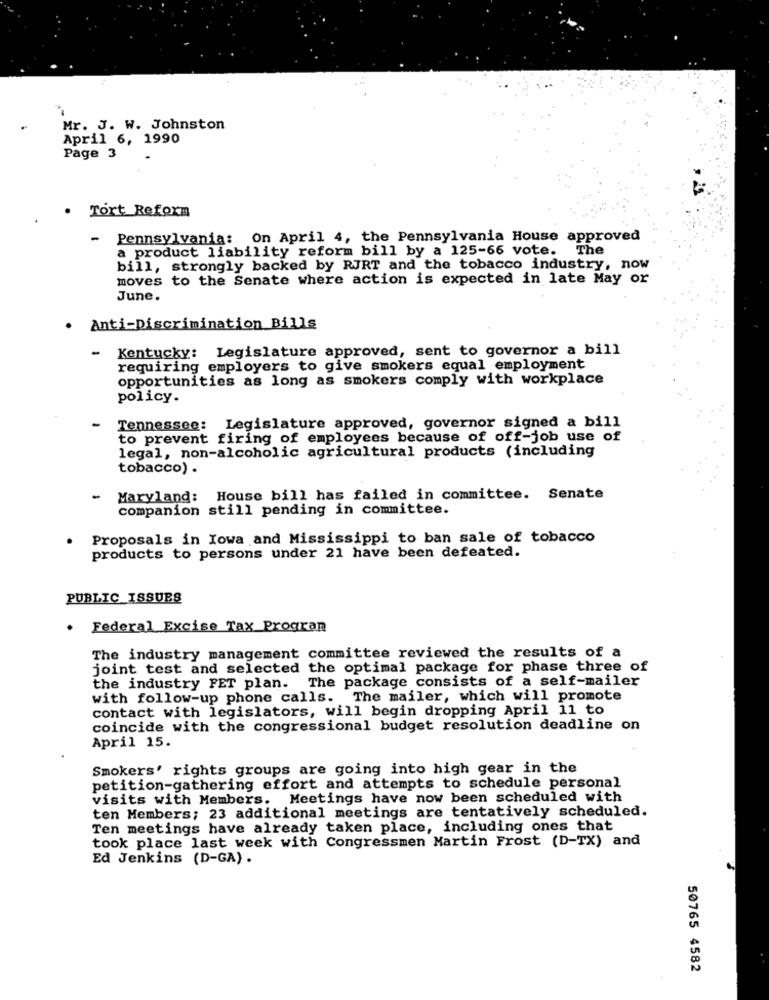
Mr. J. W. Johnston
April 6, 1990
Page 3
. Tort Reform
-
Pennsylvania: On April 4, the Pennsylvania House approved
a product liability reform bill by a 125-66 vote. The
bill, strongly backed by RJRT and the tobacco industry, now
moves to the Senate where action is expected in late May or
June.
.
Anti-Discrimination Bills
- Kentucky: Legislature approved, sent to governor a bill
requiring employers to give smokers equal employment
opportunities as long as smokers comply with workplace
policy.
Tennessee: Legislature approved, governor signed a bill
to prevent firing of employees because of off-job use of
legal, non-alcoholic agricultural products (including
tobacco) .
-
Maryland: House bill has failed in committee. Senate
companion still pending in committee.
. Proposals in Iowa and Mississippi to ban sale of tobacco
products to persons under 21 have been defeated.
PUBLIC ISSUES
. Federal Excise Tax Program
The industry management committee reviewed the results of a
joint test and selected the optimal package for phase three of
the industry FET plan. The package consists of a self-mailer
with follow-up phone calls. The mailer, which will promote
contact with legislators, will begin dropping April 11 to
coincide with the congressional budget resolution deadline on
April 15.
Smokers' rights groups are going into high gear in the
petition-gathering effort and attempts to schedule personal
visits with Members. Meetings have now been scheduled with
ten Members; 23 additional meetings are tentatively scheduled.
Ten meetings have already taken place, including ones that
took place last week with Congressmen Martin Frost (D-TX) and
Ed Jenkins (D-GA) .
50765 4582